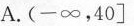
A.(-∞，40]